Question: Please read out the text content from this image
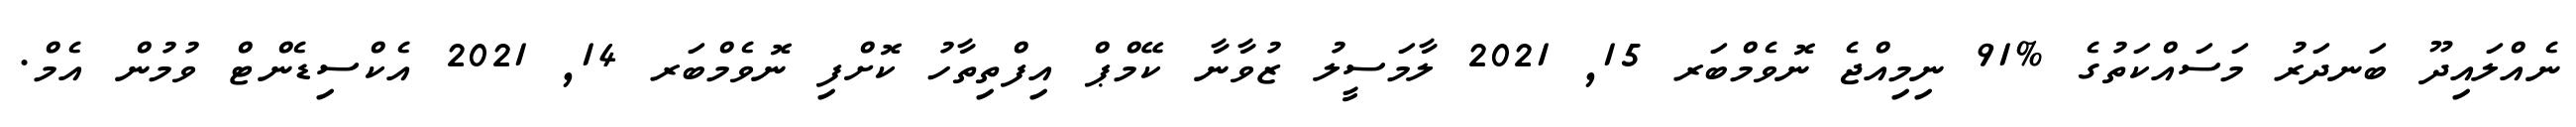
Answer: ނެއްލައިދޫ ބަނދަރު މަސައްކަތުގެ %91 ނިމިއްޖެ ނޮވެމްބަރ 15, 2021 ލާމަސީލު ޒުވާނާ ކޭމްޕް އިފްތިތާހު ކޮށްފި ނޮވެމްބަރ 14, 2021 އެކްސިޑެންޓް ވުމުން އެމް.